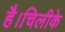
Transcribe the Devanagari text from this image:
है।चिलीके